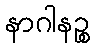
နာဂါနဉ္စ